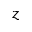
z